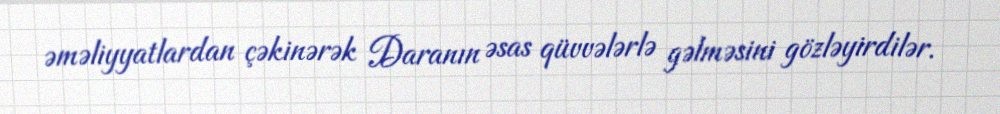
əməliyyatlardan çəkinərək Daranın əsas qüvvələrlə gəlməsini gözləyirdilər.